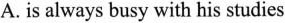
A.is always busy with his studies